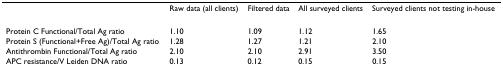
|  | Raw data (all clients) | Filtered data | All surveyed clients | Surveyed clients not testing in-house |
 | --- | --- | --- | --- | --- |
 | Protein C Functional/Total Ag ratio | 1.10 | 1.09 | 1.12 | 1.65 |
 | Protein S (Functional+Free Ag)/Total Ag ratio | 1.28 | 1.27 | 1.21 | 2.10 |
 | Antithrombin Functional/Total Ag ratio | 2.10 | 2.10 | 2.91 | 3.50 |
 | APC resistance/V Leiden DNA ratio | 0.13 | 0.12 | 0.15 | 0.15 |